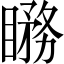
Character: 𥊦